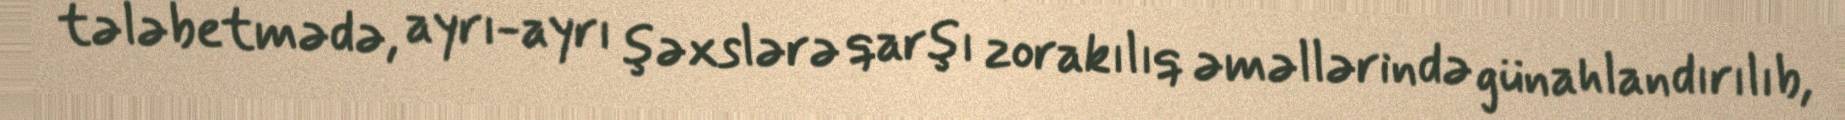
tələbetmədə, ayrı-ayrı şəxslərə qarşı zorakılıq əməllərində günahlandırılıb,